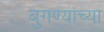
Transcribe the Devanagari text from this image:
बुगण्यांच्या